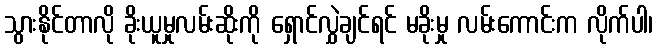
သွားနိုင်တာလို ခိုးယူမှုလမ်းဆိုးကို ရှောင်လွှဲချင်ရင် မခိုးမှု လမ်းကောင်းက လိုက်ပါ၊